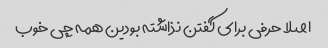
اصلا حرفی برای گفتن نذاشته بودین همه چی خوب